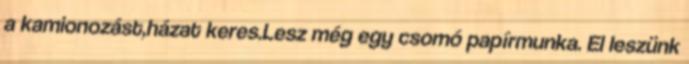
a kamionozást,házat keres.Lesz még egy csomó papírmunka. El leszünk